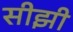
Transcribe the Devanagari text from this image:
सीझी